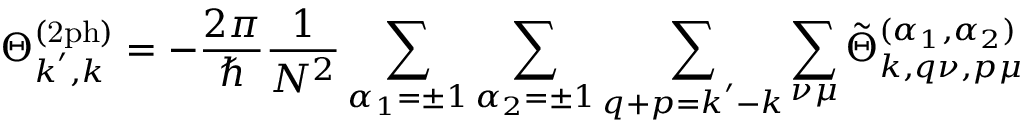
\Theta _ { \boldsymbol { k } ^ { \prime } , \boldsymbol { k } } ^ { ( \mathrm { 2 p h } ) } = - \frac { 2 \pi } { \hbar } \frac { 1 } { N ^ { 2 } } \sum _ { \alpha _ { 1 } = \pm 1 } \sum _ { \alpha _ { 2 } = \pm 1 } \sum _ { \boldsymbol { q } + \boldsymbol { p } = \boldsymbol { k } ^ { \prime } - \boldsymbol { k } } \sum _ { \nu \mu } \tilde { \Theta } _ { \boldsymbol { k } , \boldsymbol { q } \nu , \boldsymbol { p } \mu } ^ { ( \alpha _ { 1 } , \alpha _ { 2 } ) }